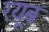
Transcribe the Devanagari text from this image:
रयूब